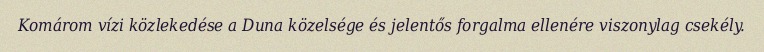
Komárom vízi közlekedése a Duna közelsége és jelentős forgalma ellenére viszonylag csekély.